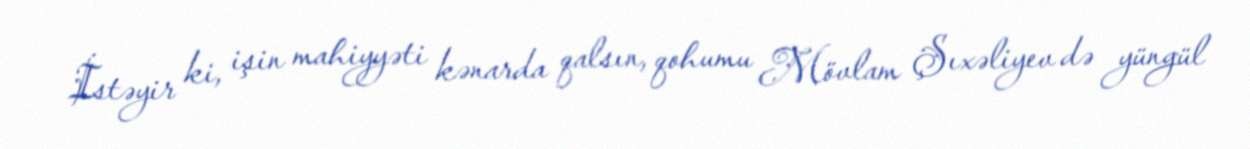
İstəyir ki, işin mahiyyəti kənarda qalsın, qohumu Mövlam Şıxəliyev də yüngül